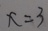
x = 3